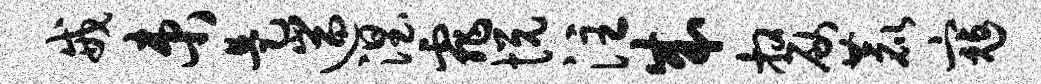
戒束是遄涅霏悦注成嫠鹿寇